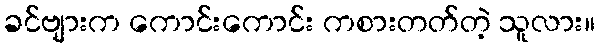
ခင်ဗျားက ကောင်းကောင်း ကစားတတ်တဲ့ သူလား။